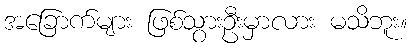
အခြောက်များ ဖြစ်သွားဦးမှာလား မသိဘူး။